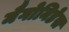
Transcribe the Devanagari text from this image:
मैगोनिडेस